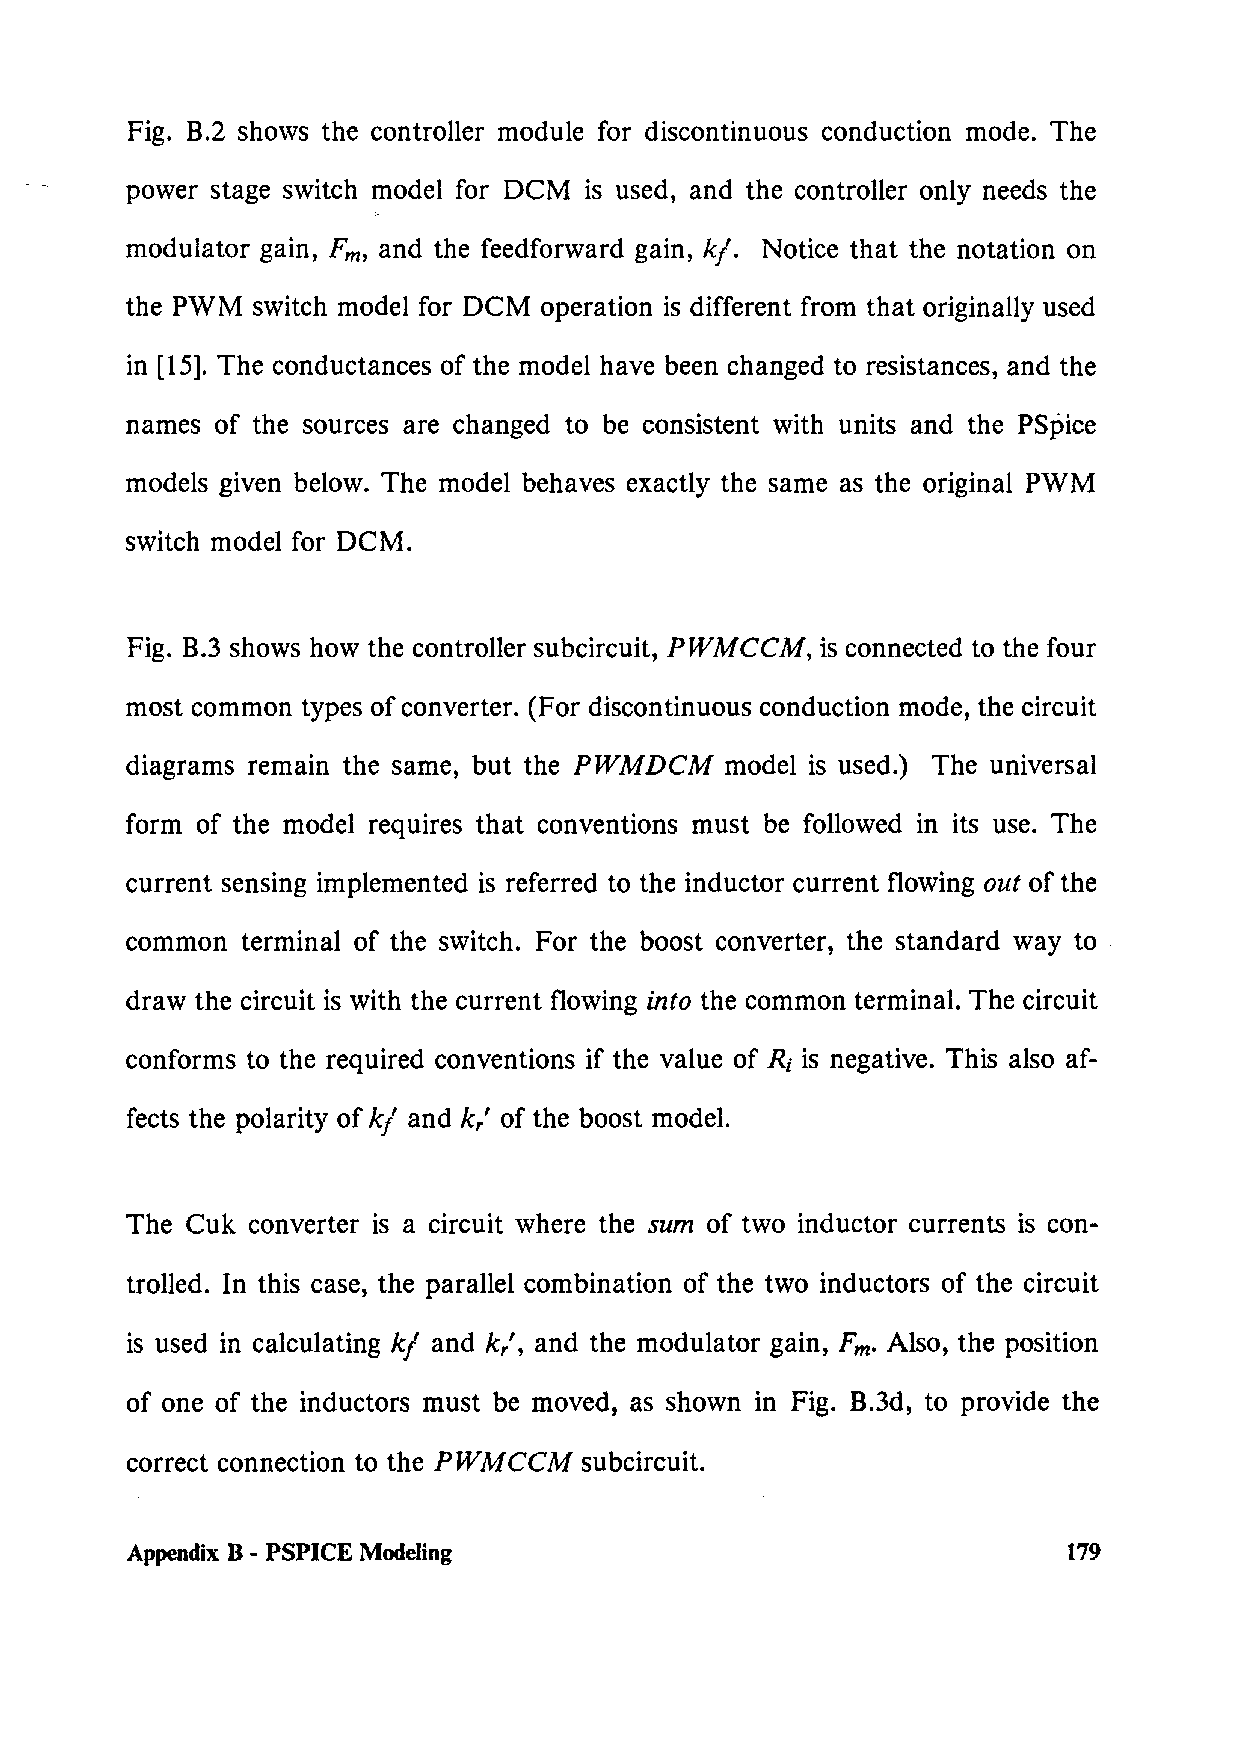
Fig. B.2 shows the controller module for discontinuous conduction mode. The
 power stage switch model for DCM is used, and the controller only needs the
 modulator gain, Fm, and the feedforward gain, k/. Notice that the notation on
 the PWM  switch model for DCM operation is different from that originally used
 in [ 15]. The conductances of the model have been changed to resistances, and the
 names of the sources are changed to be consistent with units and the PSpice
 models given below. The model behaves exactly the same as the original PWM
 switch model for DCM.
 Fig. B.3 shows how the controller subcircuit, PWMCCM, is connected to the four
 most common types of converter. (For discontinuous conduction mode, the circuit
 diagrams remain the same, but the PWMDCM model is used.) The universal
 form of the model requires that conventions must be followed in its use. The
 current sensing implemented is referred to the inductor current flowing out of the
 common  terminal of the switch. For the boost converter, the standard way to
 draw the circuit is with the current flowing into the common terminal. The circuit
 conforms to the required conventions if the value of Ri is negative. This also af-
 fects the polarity of k/ and k,' of the boost model.
 The Cuk converter is a circuit where the sum of two inductor currents is con-
 trolled. In this case, the parallel combination of the two inductors of the circuit
 is used in calculating k/ and k,', and the modulator gain, Fm. Also, the position
 of one of the inductors must be moved, as shown in Fig. B.3d, to provide the
 correct connection to the PWMCCM subcircuit.
 Appendix B- PSPICE Modeling                                    179